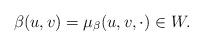
LaTeX: \begin{align*}\beta(u,v)=\mu_\beta(u,v,\cdot)\in W.\end{align*}